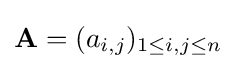
\mathbf {A} =(a_{i,j})_{1\leq i,j\leq n}